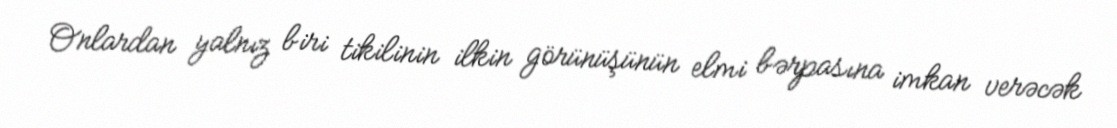
Onlardan yalnız biri tikilinin ilkin görünüşünün elmi bərpasına imkan verəcək